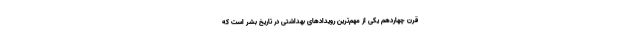
قرن چهاردهم یکی از مهم‌ترین رویدادهای بهداشتی در تاریخ بشر است که